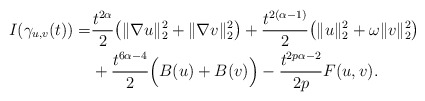
\begin{align*}I(\gamma_{u,v}(t))=&\frac{t^{2\alpha}}{2}\big(\|\nabla u\|_{2}^{2}+\|\nabla v\|_{2}^{2}\big)+\frac{t^{2(\alpha-1)}}{2}\big(\|u\|_{2}^{2}+\omega\|v\|_{2}^{2}\big)\\&+\frac{t^{6\alpha-4}}{2}\Big(B(u)+B(v)\Big)-\frac{t^{2p\alpha-2}}{2p}F(u,v).\end{align*}